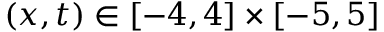
( x , t ) \in [ - 4 , 4 ] \times [ - 5 , 5 ]